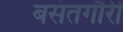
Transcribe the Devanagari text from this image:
बसंतगौरी